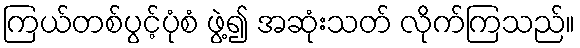
ကြယ်တစ်ပွင့်ပုံစံ ဖွဲ့၍ အဆုံးသတ် လိုက်ကြသည်။